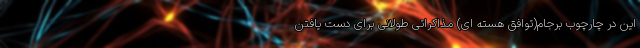
این در چارچوب برجام(توافق هسته ای) مذاکراتی طولانی برای دست یافتن